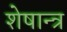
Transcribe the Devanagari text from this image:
शेषान्त्र